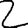
Digit: 2